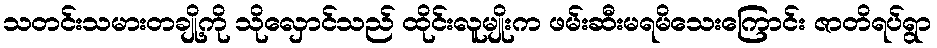
သတင်းသမားတချို့ကို သိုလှောင်သည် ထိုင်းလူမျိုးက ဖမ်းဆီးမရမိသေးကြောင်း ဇာတိရပ်ရွာ